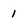
Character: 1